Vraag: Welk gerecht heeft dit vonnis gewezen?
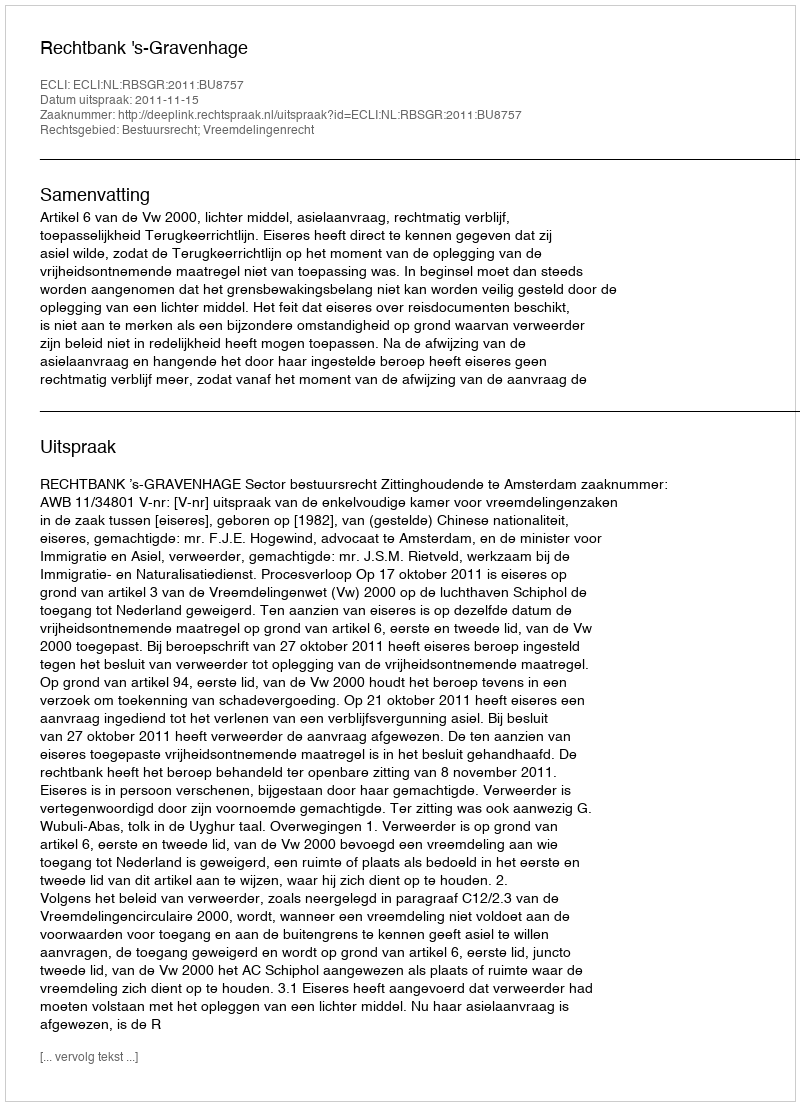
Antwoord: Rechtbank 's-Gravenhage